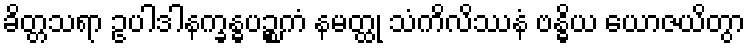
ခိတ္တသရာ ဥပါဒါနက္ခန္ဓပဉ္စကံ နမတ္ထု သံကိလိဿနံ ဗန္ဓိယ ယောဇယိတွာ